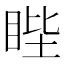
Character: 𥆯